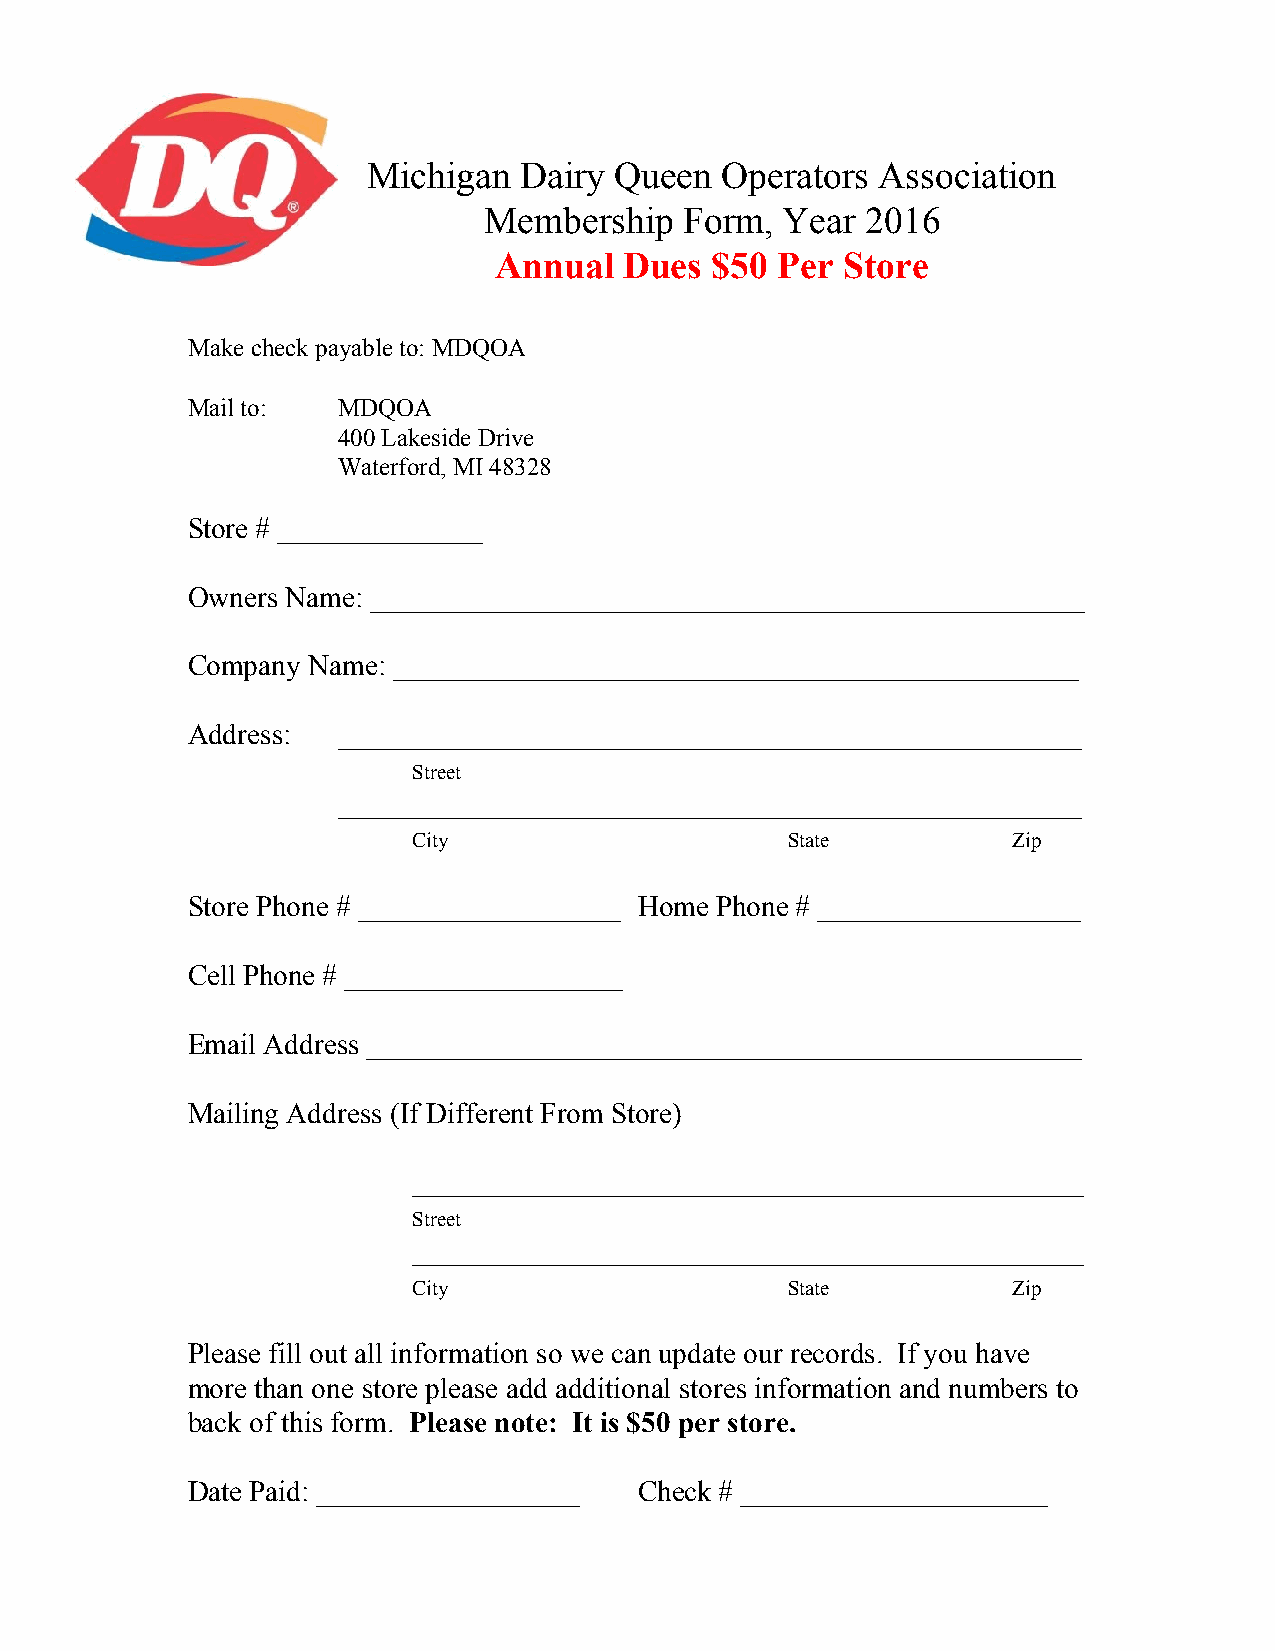
Michigan  Dairy  Queen  Operators Association
 Membership   Form,  Year 2016
 Annual  Dues  $50 Per  Store
 Make check payable to: MDQOA
 Mail to:  MDQOA
 400 Lakeside Drive
 Waterford, MI 48328
 Store # ______________
 Owners Name: _________________________________________________
 Company Name: _______________________________________________
 Address:  ___________________________________________________
 Street
 ___________________________________________________
 City                     State          Zip
 Store Phone # __________________ Home Phone # __________________
 Cell Phone # ___________________
 Email Address _________________________________________________
 Mailing Address (If Different From Store)
 ______________________________________________
 Street
 ______________________________________________
 City                     State          Zip
 Please fill out all information so we can update our records. If you have
 more than one store please add additional stores information and numbers to
 back of this form. Please note: It is $50 per store.
 ​
 Date Paid: __________________ Check # _____________________